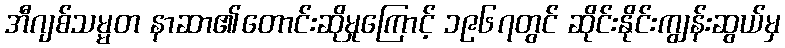
အီဂျစ်သမ္မတ နာဆာ၏တောင်းဆိုမှုကြောင့် ၁၉၆၇တွင် ဆိုင်းနိုင်းကျွန်းဆွယ်မှ